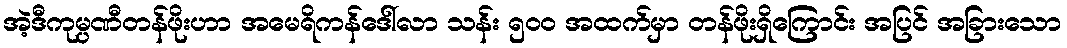
အဲ့ဒီကုမ္ပဏီတန်ဖိုးဟာ အမေရိကန်ဒေါ်လာ သန်း ၅၀၀ အထက်မှာ တန်ဖိုးရှိကြောင်း အပြင် အခြားသော